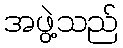
အဖွဲ့သည်